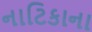
નાટિકાના